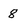
Character: 8